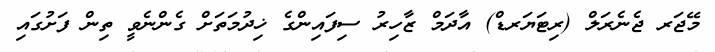
މޭޖަރ ޖެނެރަލް (ރިޓަޔަރޑް) އާދަމް ޒާހިރު ސިފައިންގެ ޚިދުމަތަށް ގެންނެވީ ތިން ފަށުގައި